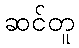
ဆင်တူ